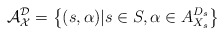
\begin{align*}\mathcal A_{\mathcal X}^{\mathcal D} = \left \{(s, \alpha)|s \in S, \alpha \in A_{X_s}^{D_s} \right \}\end{align*}